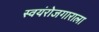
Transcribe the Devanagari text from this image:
स्वयंरोजगाराला